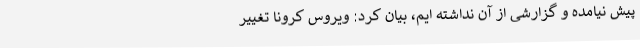
پیش نیامده و گزارشی از آن نداشته ایم، بیان کرد: ویروس کرونا تغییر